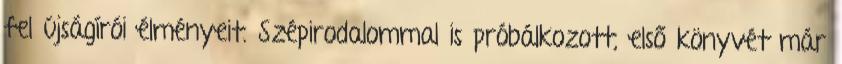
fel újságírói élményeit. Szépirodalommal is próbálkozott, első könyvét már